Civil Veterinary Department. United Provinces 1932-42 - 1932-1942
Year: 1932
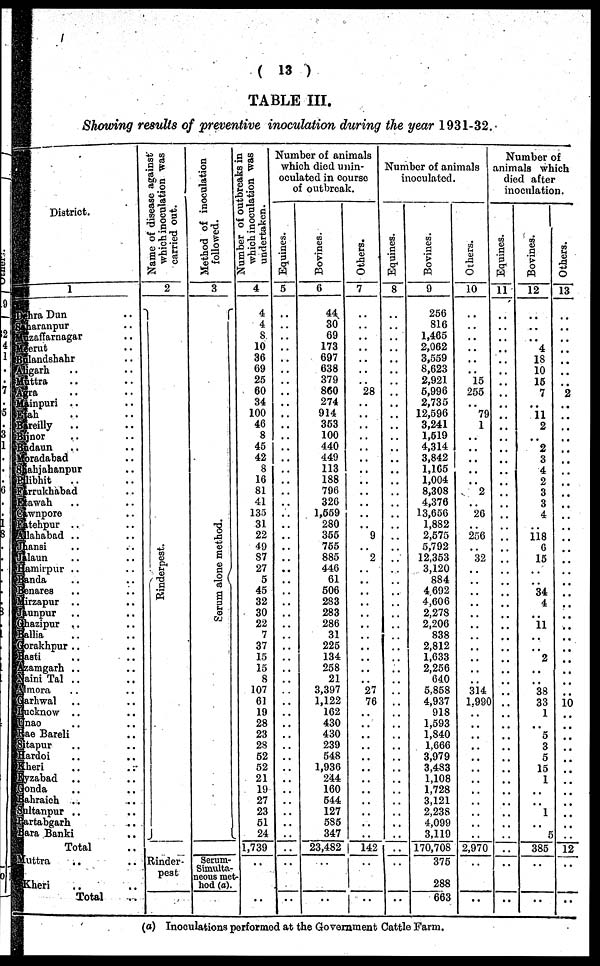
(13)
TABLE III.
Showing results of preventive inoculation during the year 1931-32.
District.
1
hra Dan ..
saharanpur ..
Muzaffarnagar ..
Meerut ..
Bulandshahr ..
Aligarh ..
Muttra ..
Agra .. ..
Mainpuri .. ..
Etah .. ..
Bareilly .. ..
Bijnor .. ..
Budaun .. ..
Moradabad ..
Shahjahanpur ..
Pilibhit .. ..
Farrukhabad ..
Etawah ..
Cawnpore ..
Fatehpur .. ..
Allahabad .. ..
Jansi .. ..
Jalaun .. ..
Aamirpur .. ..
Banda .. ..
Benares .. ..
Mirzapur .. ..
Junpur .. ..
Ghazipur .. ..
Ballia .. ..
Gorakhpur .. ..
Basti .. ..
Azamgarh .. ..
Naini Tal .. ..
Amora .. ..
Garhwal .. ..
Lucknow .. ..
Unao .. ..
Rae Bareli .. ..
Sitapur .. ..
Hardoi .. ..
Kheri .. ..
Fyzabad .. ..
Gonda .. ..
Bahraich .. ..
Sultanpur .. ..
Partabgarh ..
Bara Banki .. ..
Total ..
Muttra .. ..
Kheri .. ..
Total ..
Name of disease against
which inoculation was
carried out.
2
Ri nder pes t
.
Rinder-
pest
Method of inoculation
followed.
3
Se r
um alone method.
Serum-
Simulta-
neous met
hod (a).
Number of outbreaks in
which inoculation was
undertaken.
4
4
4
8
10
36
69
25
60
34
100
46
8
45
42
8
16
81
41
135
31
22
49
87
27
5
45
32
30
22
7
37
15
15
8
107
61
19
28
23
28
52
52
21
19
27
23
51
24
1,739
..
..
Number of animals
which died unin-
oculated in course
of outbreak.
Equines.
5
..
..
..
..
..
..
..
..
..
..
..
..
..
..
..
..
..
..
..
..
..
..
..
..
..
..
..
..
..
..
..
..
..
..
..
..
..
..
..
..
..
..
..
..
..
..
..
Bovines.
6
44
30
69
173
697
638
379
860
274
914
353
100
440
449
113
188
796
326
1,559
280
355
755
885
446
61
506
283
283
286
31
225
134
258
21
3,397
1,122
162
430
430
239
548
1,936
244
160
644
127
585
347
23,482
..
..
Others.
7
..
..
..
..
..
..
..
28
..
..
..
..
..
..
..
..
..
..
.
..
9
..
2
..
..
..
..
..
..
..
..
..
..
27
76
..
..
..
..
..
..
..
..
..
..
..
..
142
..
..
Number of animals
inoculated.
Equines.
8
..
..
..
..
..
..
..
..
..
..
..
..
..
..
..
..
..
..
..
..
..
..
..
..
..
..
.. ..
..
..
..
..
..
..
..
..
..
..
..
..
..
..
..
..
Bovines.
9
256
816
1,465
2,062
3,559
8,623
2,921
6,996
2,735
12,596
3,241
1,519
4,314
3,842
1,165
1,004
8,308
4,376
13,656
1,882
2,675
5,792
12,353
3,120
884
4 692
4,606
2,278
2,206
838
2,812
1,633
2,256
640
5,858
4,937
918
1,593
1,840
1,666
3,979
3,483
1,108
1,728
3,121
2,238
4,099
3,119
170,708
375
288
663
Others.
10
..
..
..
..
..
..
15
255
..
79
1
..
..
..
..
..
2
..
26
..
256
..
32
..
..
..
..
..
..
..
..
..
..
..
314
1.990
..
..
..
..
..
..
..
..
..
..
..
..
2,970
..
..
Number of
animals which
died after
inoculation.
Equines.
11
..
..
..
..
..
..
..
..
..
..
..
..
..
..
..
..
..
..
..
..
..
..
..
..
..
..
..
..
..
..
..
..
..
..
..
..
..
..
..
..
..
..
..
..
..
..
..
..
..
..
Bovines.
12
..
..
..
4
18
10
16
7
..
11
2
..
2
3
4
2
3
3
4
..
118
6
15
..
..
34
4
..
11
..
..
2
..
..
38
33
1
..
5
3
5
15
1
..
..
1
..
5
385
..
..
Others.
13
..
..
..
..
..
..
..
2
..
..
..
..
..
..
..
..
..
..
..
..
..
..
..
..
..
..
..
..
..
..
..
..
..
..
..
10
..
..
..
..
..
..
..
..
..
..
..
..
12
..
..
(a) Inooulations porformed at the Government Cattle Farm.